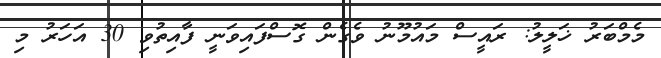
މެމްބަރު ޚަލީލު: ރައީސް މައުމޫނު ވެގެން ގޮސްފައިވަނީ ފާއިތުވި 30 އަހަރު މި